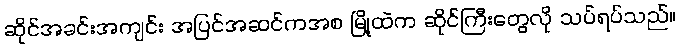
ဆိုင်အခင်းအကျင်း အပြင်အဆင်ကအစ မြို့ထဲက ဆိုင်ကြီးတွေလို သပ်ရပ်သည်။